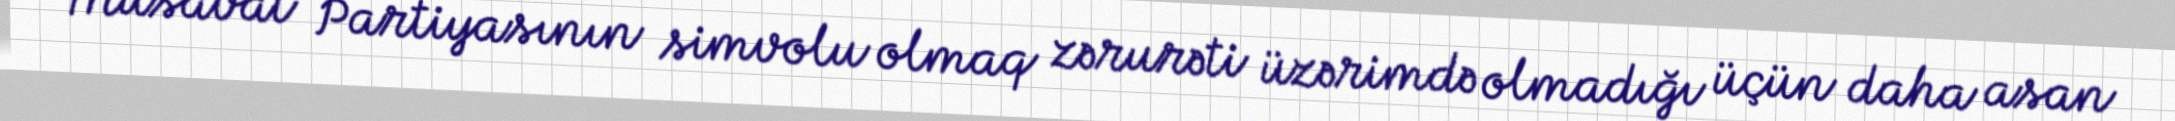
Müsavat Partiyasının simvolu olmaq zərurəti üzərimdə olmadığı üçün daha asan